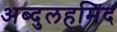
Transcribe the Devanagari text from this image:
अब्दुलहमिद